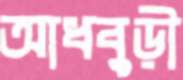
আধবুড়ী